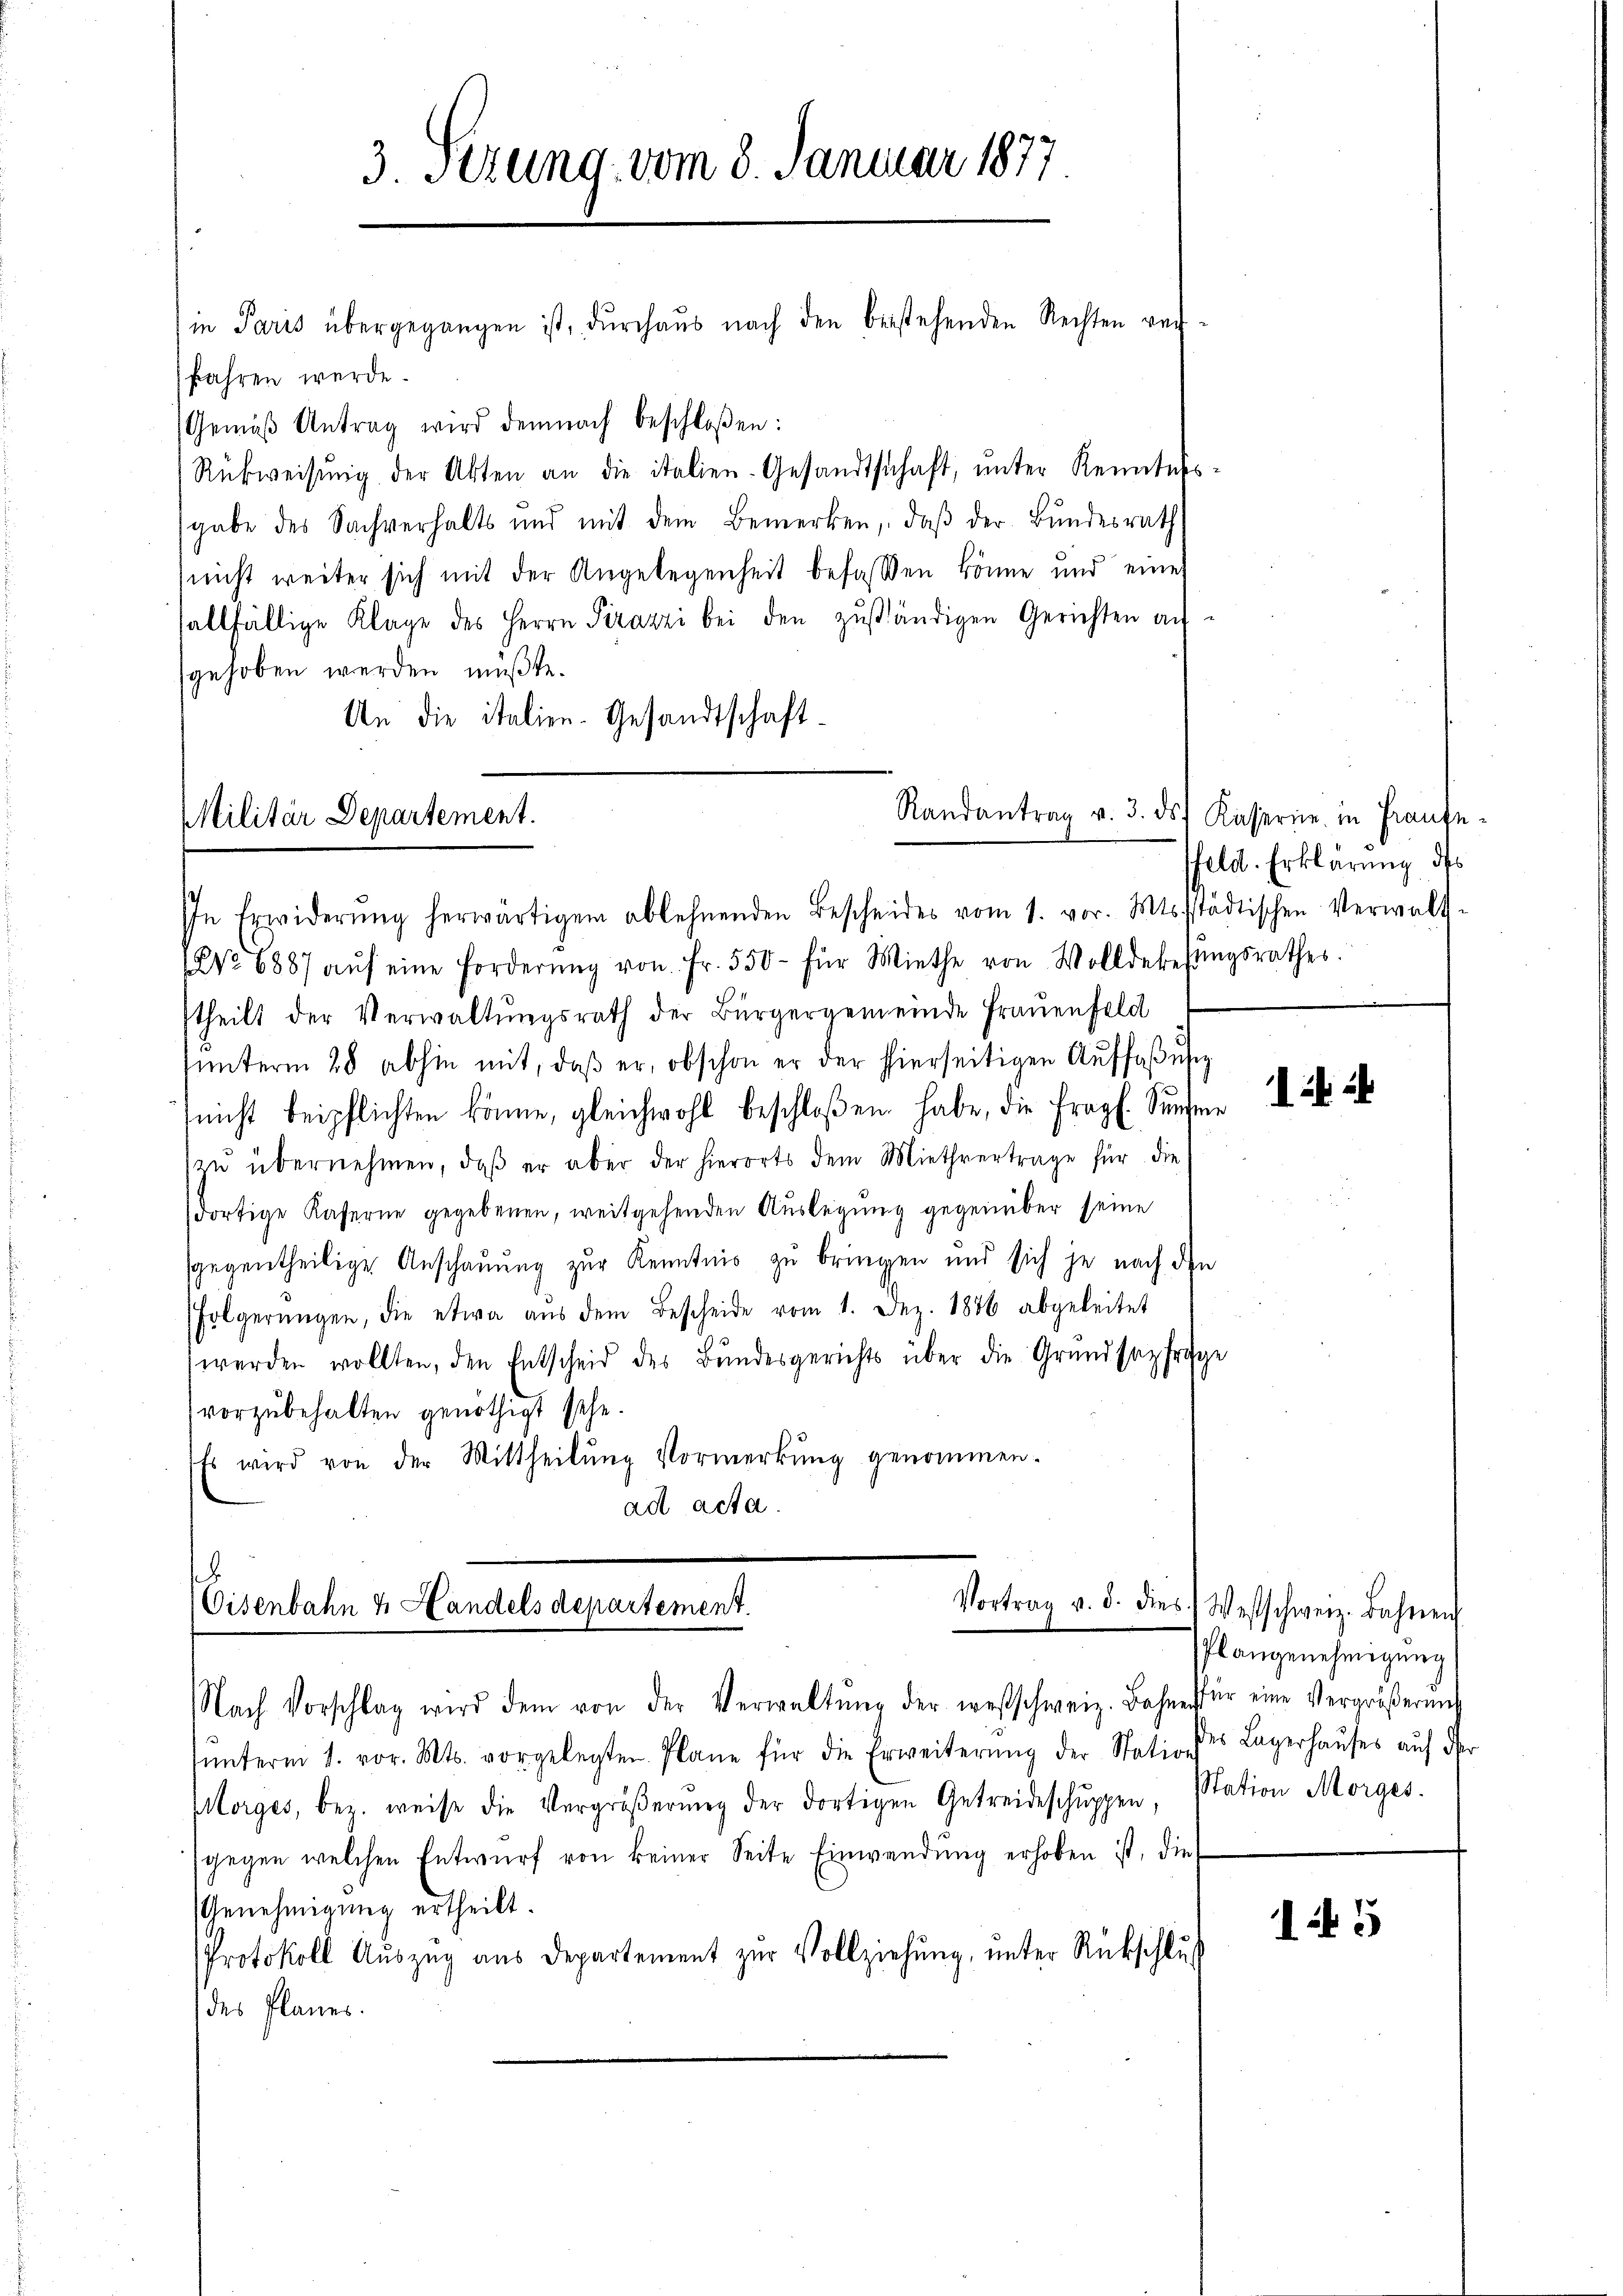
3. Serung, vom 8. Januar 1877

Militär Departement.
In Erwiderŭng herwärtigen ablehnenden Bescheides vom 1. vor. Mtsstädtischen Verwalt-

in Paris übergegangen ist, durchaus nach den bestehenden Rechten verfahren werde.
Gemäβ Antrag wird demnach beschloßen:
Rükweisŭng der Akten an die italien-Gesandtschaft, ŭnter Kenntnis-
sgabe des Sachverhalts und mit dem Bemerken, daβ der Bŭndesrath
nicht weiter sich mit der Angelegenheit befassen könne und eine
sallfällige Klage des Herrn Pirazzi bei den zuständigen Gerichten au
gehoben werden müßte.
An die italien-Gesandtschaft-
No 6887 aŭf eine Forderŭng von Fr. 550 - für Miethe von Wolldekesŭngsrathes.
theilt der Verwaltŭngsrath der Bürgergemeinde Frauenfeld
ŭnterm 28. abhin mit, daβ er, obschon er der hierseitigen Aŭffaβŭng
nicht beipflichten könne, gleichwohl beschloßen habe, die fragl. Sinder
zŭ übernehmen, daβ er aber der hierorts dem Miethvertrage für die
dortige Kaserne gegebenen, weitgehenden Aŭslegŭng gegenüber seine
sgegentheilige Anschauung zur Kenntnis zu bringen und sich je nach den
folgerŭngen, die etwa aŭs dem Bescheide vom 1. Dez. 1886 abgeleitet
werden wollten, den Entscheid des Bŭndesgerichts über die Grundsazfrage
vorzubehalten genöthigt sehe.
Es wird von der Mittheilŭng Vormerkŭng genommen.

Eisenbahn & Handels departement.
Nach Vorschlag wird dem von der Verwaltŭng der wesschweiz. Bahner für eine Vergrößerung

ŭnterm 1. vor. Mts. vorgelegten Plane für die Erweiterŭng der Statio der Lagerhaŭses aŭf der
Morges, bez. weise die Vergröβerŭng der dortigen Getreideschŭppen, Station Morges.
gegen welchen Entwurf von keiner Seite Einwendung erhoben ist, die
Genehmigung ertheilt.
Protokoll Auszug aus Departement zur Vollziehung, unter Rückschluß
des Planes.

Randantrag v. 3. ds. Kaserne in Fraufeffeld. Erklärung des

Vortrag v. d. dies Westschweiz. Bahren
Plangenehmigung

15